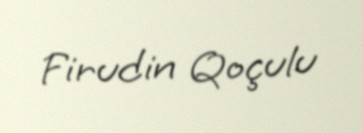
Firudin Qoçulu